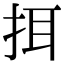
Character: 挕